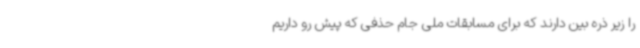
را زیر ذره بین دارند که برای مسابقات ملی جام حذفی که پیش رو داریم